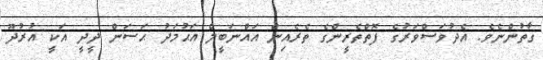
ގާތުންނެވެ. އެދުވަސްވަރުގެ ފޮތްތެރީންގެ ތެރެއިން އައްނަބީލް އަޙުމަދު ޙަސަން ދީދީ އަކީ އުރުދޫ